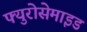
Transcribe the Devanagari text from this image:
फ्युरोसेमाइड